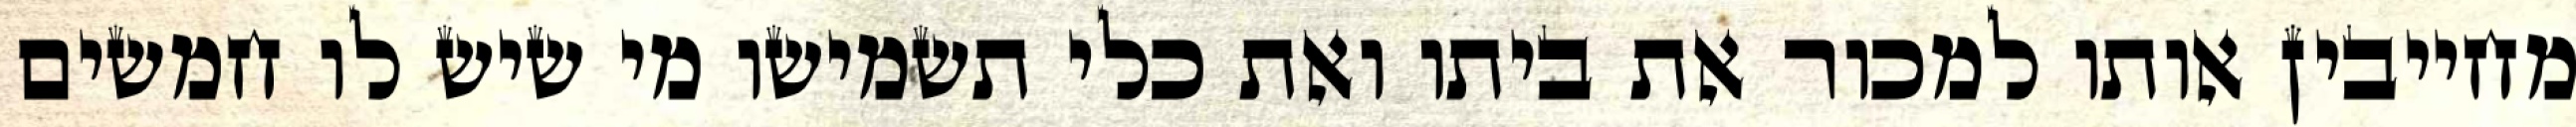
מחייבין אותו למכור את ביתו ואת כלי תשמישו מי שיש לו חמשים